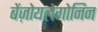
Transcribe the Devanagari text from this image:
बेंज़ोयलेगोनिन